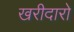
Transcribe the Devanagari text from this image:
खरीदारो